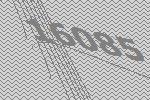
16085